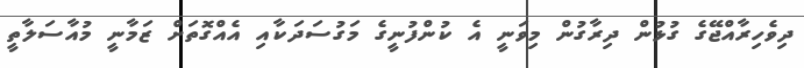
ދިވެހިރާއްޖޭގެ ގުޅުން ދިރާގުން މިވަނީ އެ ކުންފުނީގެ މަގުސަދަކާއި އެއްގޮތަށް ޒަމާނީ މުއާސަލާތީ